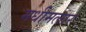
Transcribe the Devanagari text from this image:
मधीमलार